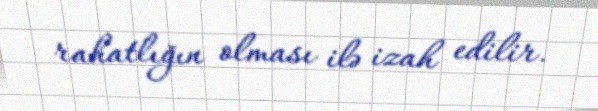
rahatlığın olması ilə izah edilir.